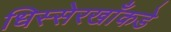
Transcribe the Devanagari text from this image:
धिस्सेरखाँकडे